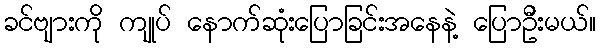
ခင်ဗျားကို ကျုပ် နောက်ဆုံးပြောခြင်းအနေနဲ့ ပြောဦးမယ်။